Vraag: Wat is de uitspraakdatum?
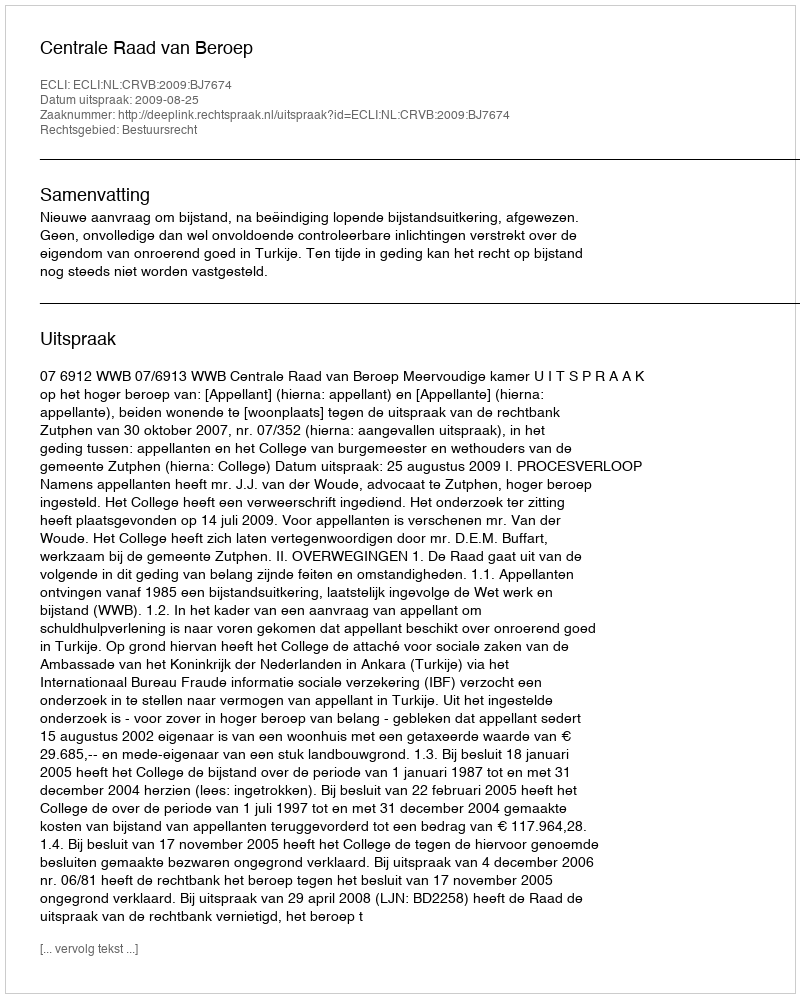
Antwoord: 2009-08-25